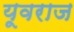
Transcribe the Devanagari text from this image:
यूवराज